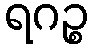
ရဂဉ္စ